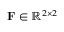
\mathbf { F } \in \mathbb { R } ^ { 2 \times 2 }